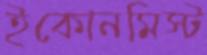
ইকোনমিস্ট